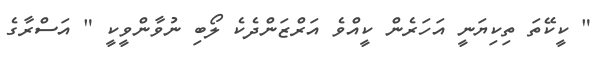
" ކީކޭތަ ތިކިޔަނީ އަހަރެން ކީއްވެ އަރްޒަންދެކެ ލޯބި ނުވާންވީކީ " އަސްރާގެ